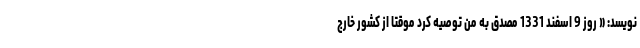
نویسد: « روز 9 اسفند 1331 مصدق به من توصیه کرد موقتا از کشور خارج